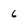
Character: 6